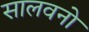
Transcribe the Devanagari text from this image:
सालवनो